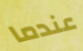
عندما